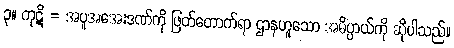
၃။ ကုဋိ = အပူအအေးဒဏ်ကို ဖြတ်တောက်ရာ ဌာနဟူသော အဓိပ္ပာယ်ကို ဆိုပါသည်။